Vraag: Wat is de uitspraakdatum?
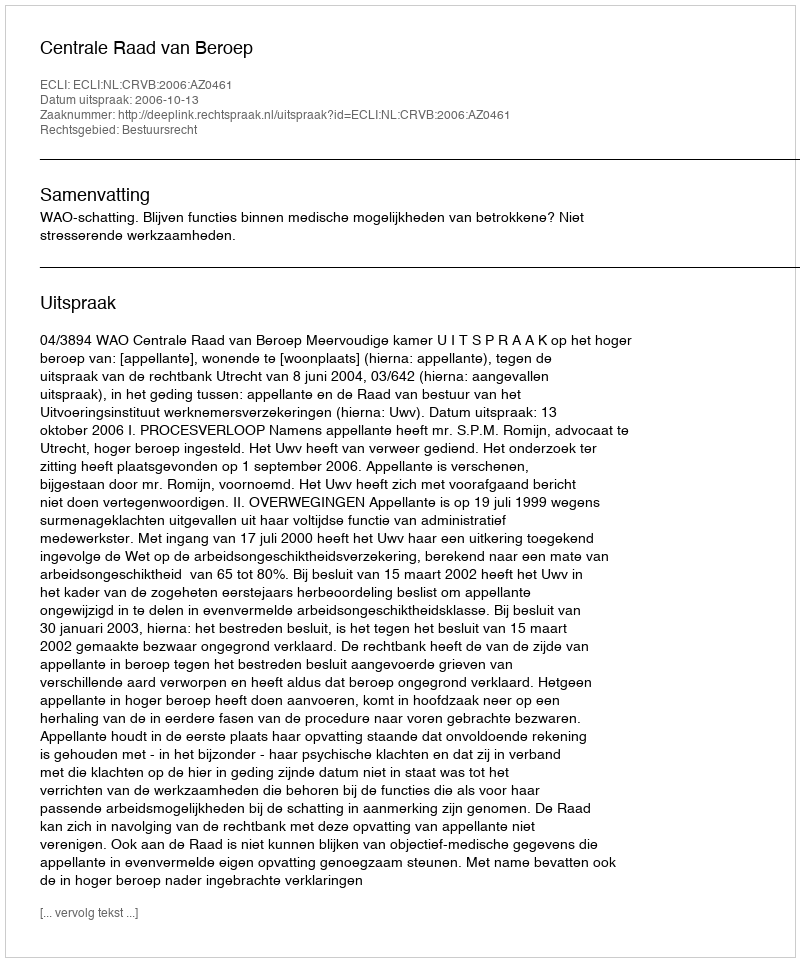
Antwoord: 2006-10-13